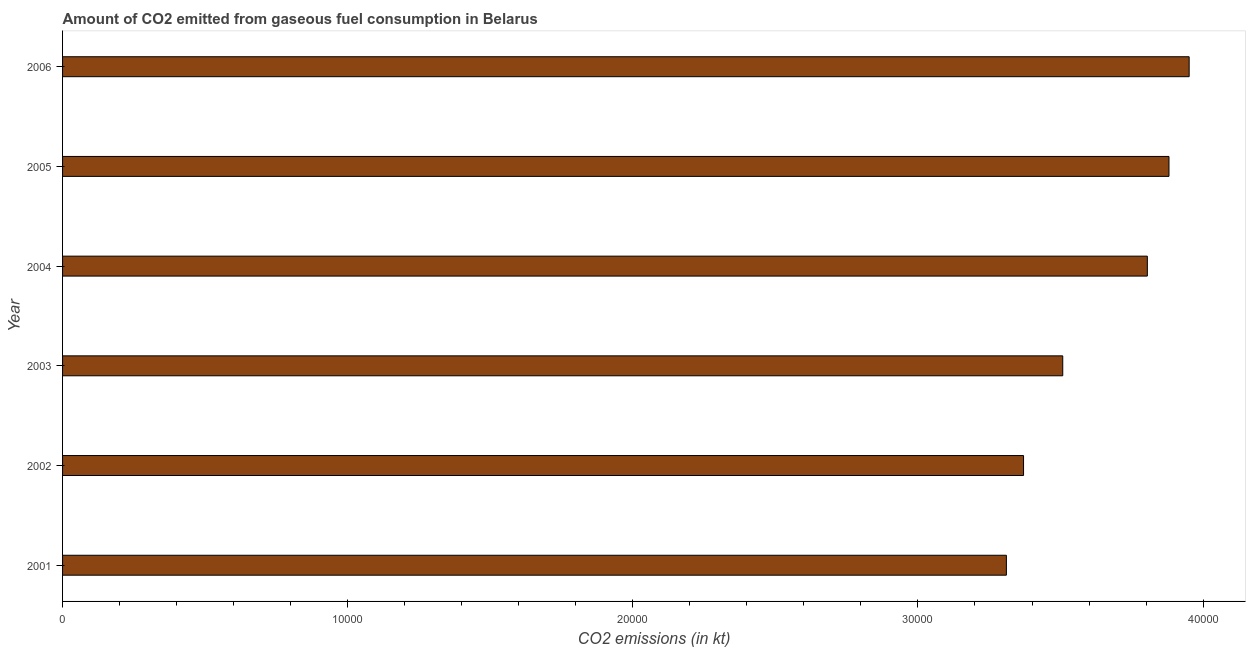
| Year | CO2 emissions from gaseous fuel consumption |
 | --- | --- |
 | 2001 | 3.31e+04 |
 | 2002 | 3.37e+04 |
 | 2003 | 3.51e+04 |
 | 2004 | 3.8e+04 |
 | 2005 | 3.88e+04 |
 | 2006 | 3.95e+04 |